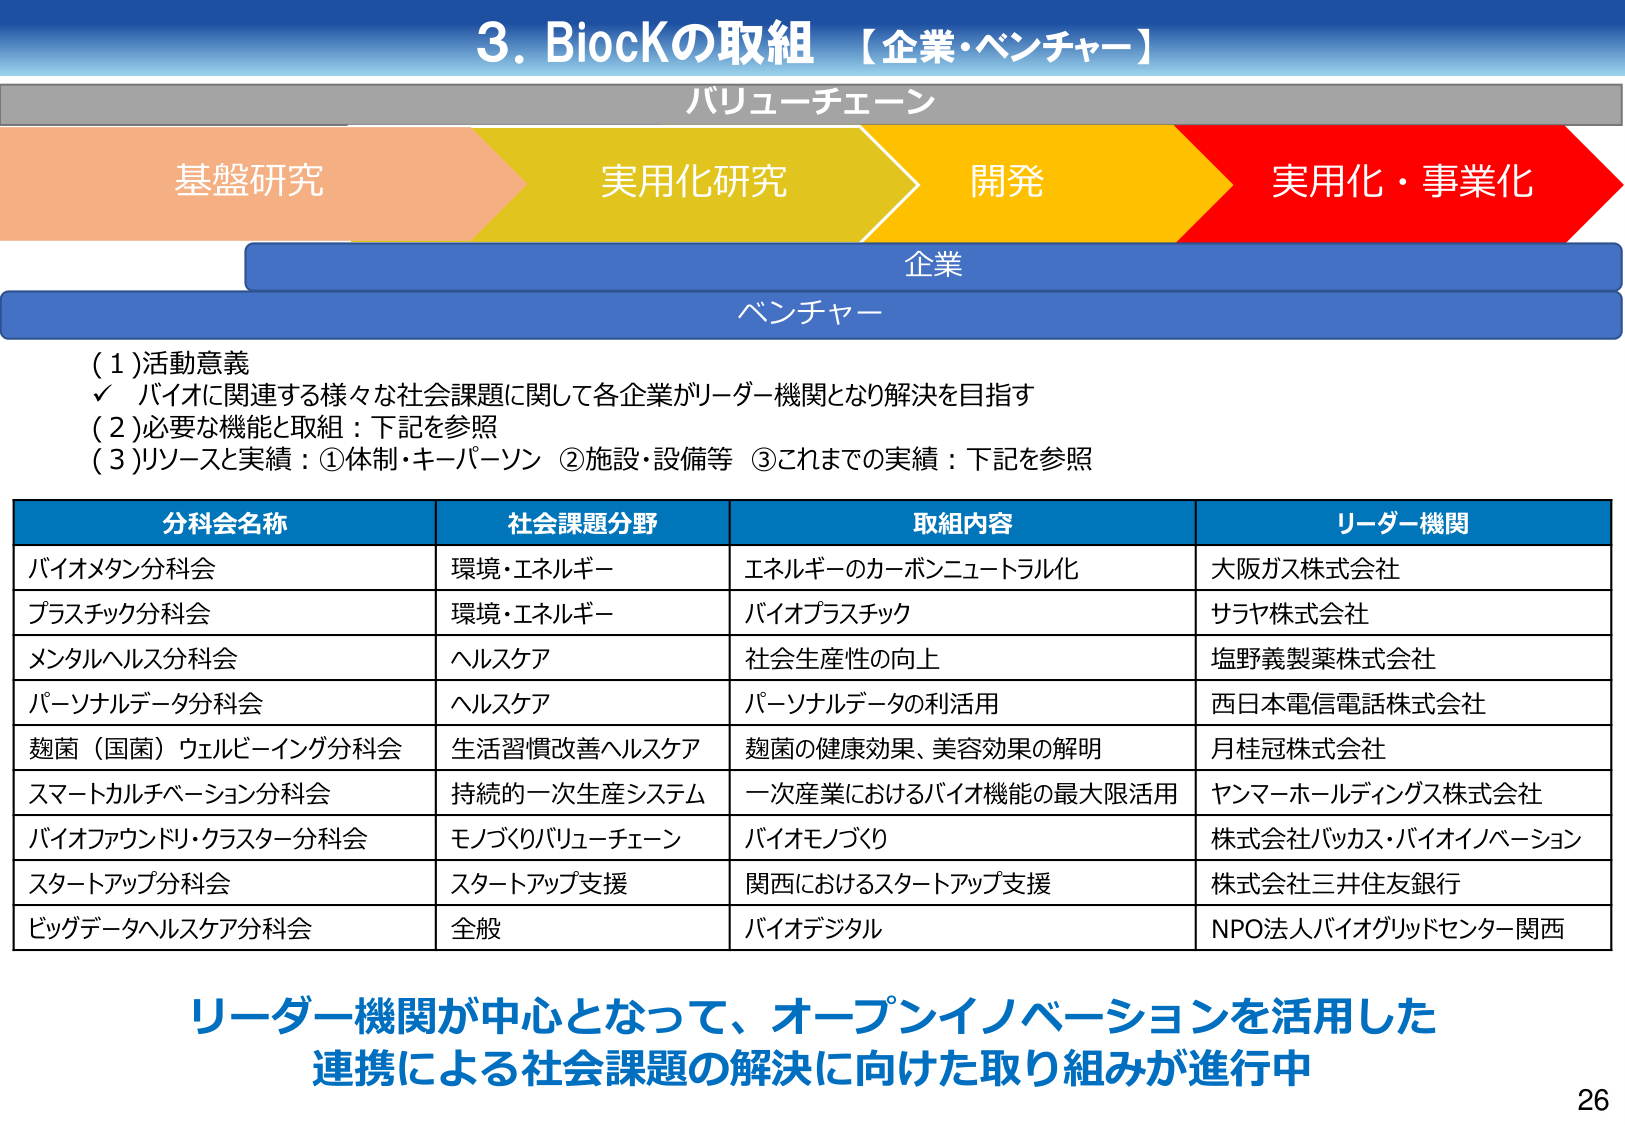
3. BiocKの取組 【企業・ベンチャー】

バリューチェーン

基盤研究　→　実用化研究　→　開発　→　実用化・事業化

企業
ベンチャー

(1) 活動意義
✓ バイオに関連する様々な社会課題に関して各企業がリーダー機関となり解決を目指す

(2) 必要な機能と取組：下記を参照

(3) リソースと実績：①体制・キーパーソン　②施設・設備等　③これまでの実績：下記を参照

分科会名称　　　　　　　社会課題分野　　　　　取組内容　　　　　　　　　リーダー機関
バイオメタン分科会　　　環境・エネルギー　　　エネルギーのカーボンニュートラル化　　　大阪ガス株式会社
プラスチック分科会　　　環境・エネルギー　　　バイオプラスチック　　　　　　　　　　サヤヤ株式会社
メンタルヘルス分科会　　ヘルスケア　　　　　　社会生産性の向上　　　　　　　　　　塩野義製薬株式会社
パーソナルデータ分科会　ヘルスケア　　　　　　パーソナルデータの利活用　　　　　　西日本電信電話株式会社
麹菌（国菌）ウェルビーイング分科会　生活習慣改善ヘルスケア　麹菌の健康効果、美容効果の解明　月桂冠株式会社
スマートカルチベーション分科会　持続的一次生産システム　一次産業におけるバイオ機能の最大限活用　ヤンマーホールディングス株式会社
バイオファウンドリ・クラスター分科会　モノづくりバリューチェーン　バイオモノづくり　　　　　　　　株式会社バッカス・バイオイノベーション
スタートアップ分科会　　スタートアップ支援　　　関西におけるスタートアップ支援　　　　株式会社三井住友銀行
ビッグデータヘルスケア分科会　全般　　　　　　　バイオデジタル　　　　　　　　　　　NPO法人バイオグッドセンター関西

リーダー機関が中心となって、オープンイノベーションを活用した
連携による社会課題の解決に向けた取り組みが進行中

26